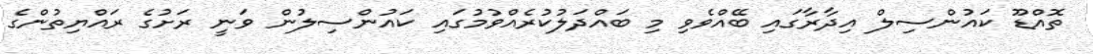
ތޮއްޑޫ ކައުންސިލް އިދާރާގައި ބޭއްވެވި މި ބައްދަލުކުރެއްވުމުގައި ކައުންސިލުން ވަނީ ރަށުގެ ރައްޔިތުންގެ